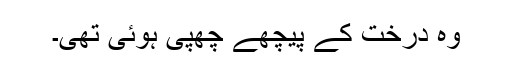
وہ درخت کے پیچھے چھپی ہوئی تھی۔